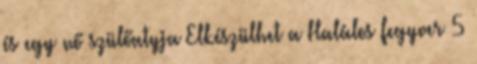
és egy nő szülőatyja Elkészülhet a Halálos fegyver 5